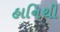
હાનિથી